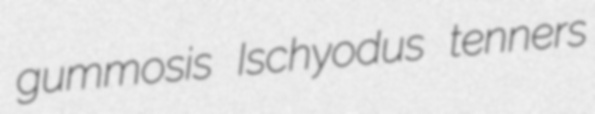
gummosis Ischyodus tenners